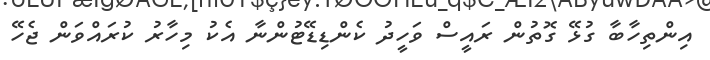
އިންތިހާބާ ގުޅޭ ގޮތުން ރައީސް ވަހީދު ކެންޑިޑޭޓުންނާ އެކު މިހާރު ކުރައްވަން ޖެހޭ